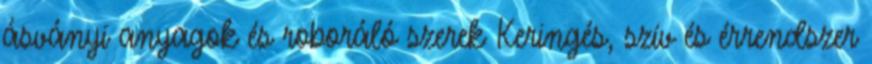
ásványi anyagok és roboráló szerek Keringés, szív és érrendszer